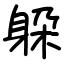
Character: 躱